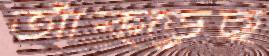
আঁক্‌ড়েছ